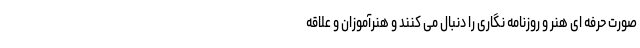
صورت حرفه ای هنر و روزنامه نگاری را دنبال می کنند و هنرآموزان و علاقه